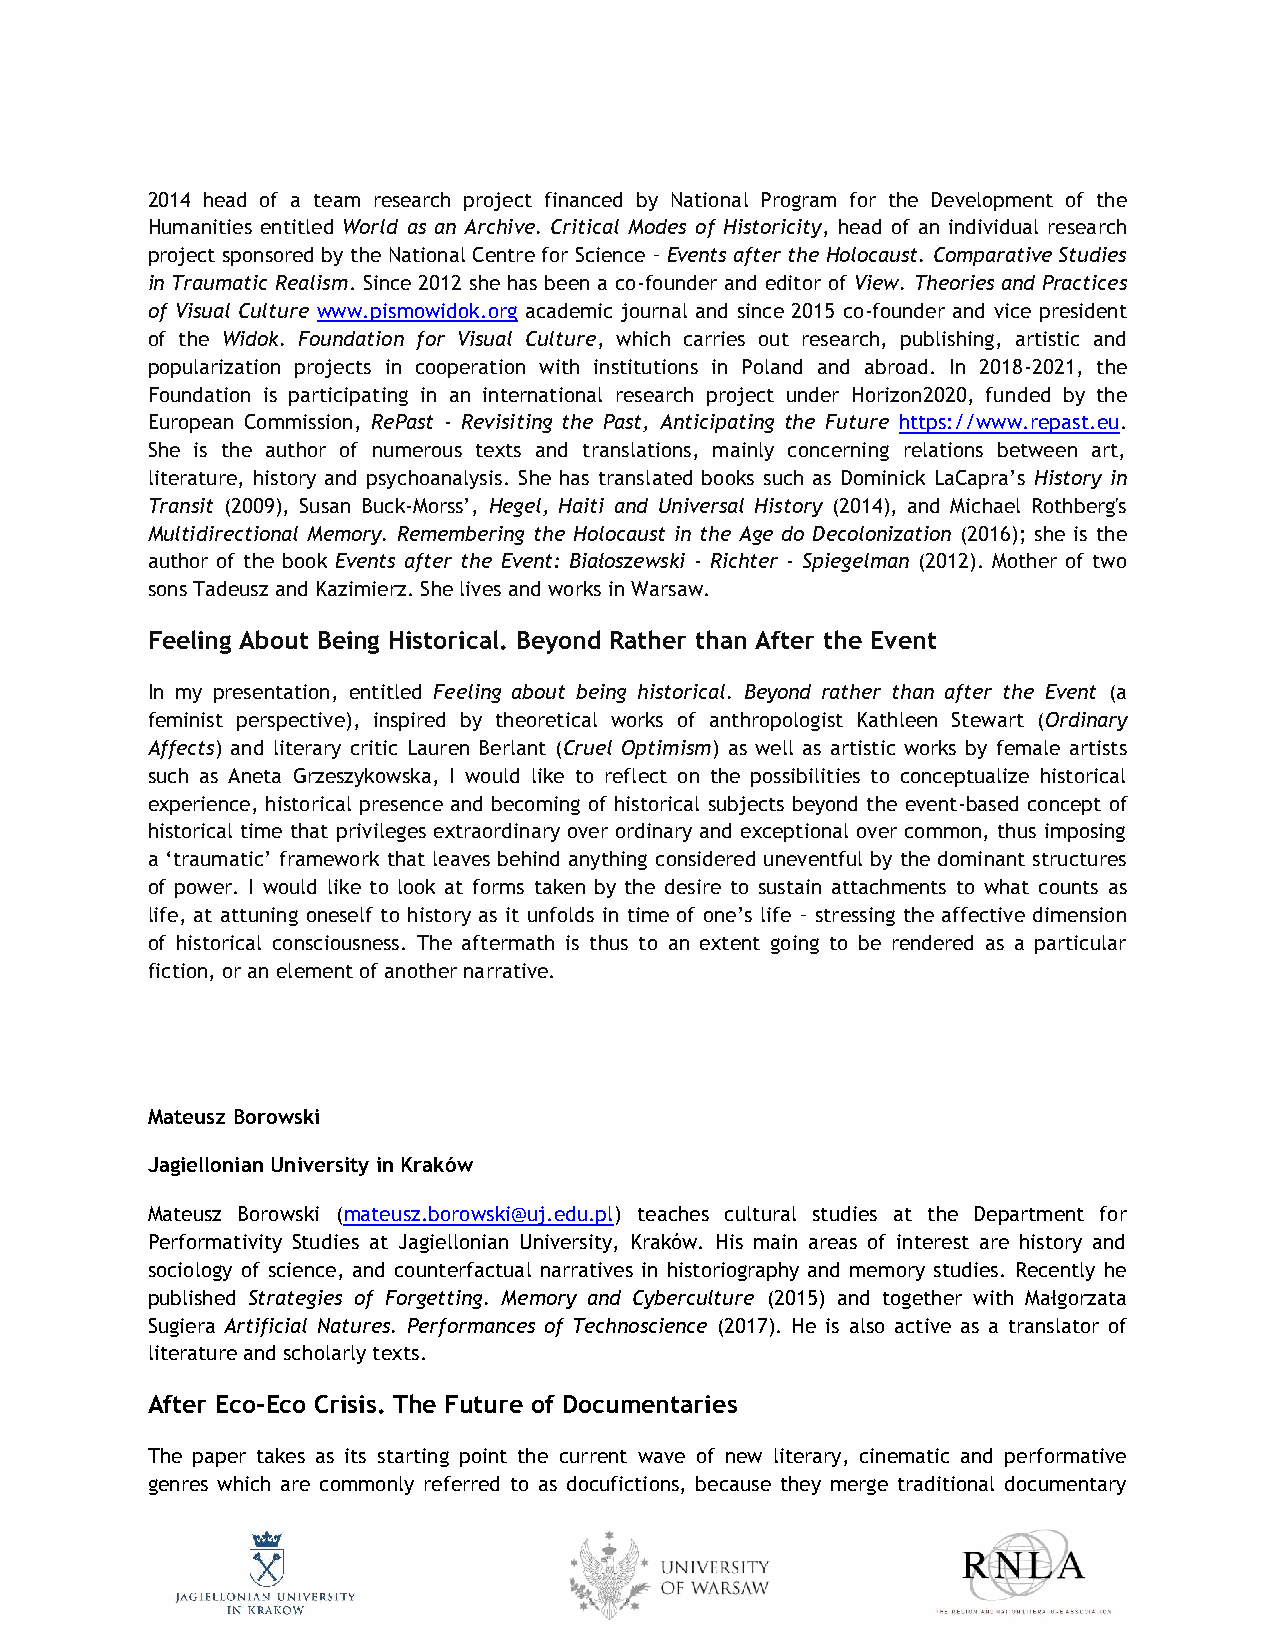
2014 head of a team research project financed by National Program for the Development of the
 Humanities entitled World as an Archive. Critical Modes of Historicity, head of an individual research
 project sponsored by the National Centre for Science – Events after the Holocaust. Comparative Studies
 in Traumatic Realism. Since 2012 she has been a co-founder and editor of View. Theories and Practices
 of Visual Culture www.pismowidok.org academic journal and since 2015 co-founder and vice president
 of the Widok. Foundation for Visual Culture, which carries out research, publishing, artistic and
 popularization projects in cooperation with institutions in Poland and abroad. In 2018-2021, the
 Foundation is participating in an international research project under Horizon2020, funded by the
 European Commission, RePast - Revisiting the Past, Anticipating the Future https://www.repast.eu.
 She is the author of numerous texts and translations, mainly concerning relations between art,
 literature, history and psychoanalysis. She has translated books such as Dominick LaCapra’s History in
 Transit (2009), Susan Buck-Morss’, Hegel, Haiti and Universal History (2014), and Michael Rothberg's
 Multidirectional Memory. Remembering the Holocaust in the Age do Decolonization (2016); she is the
 author of the book Events after the Event: Białoszewski - Richter - Spiegelman (2012). Mother of two
 sons Tadeusz and Kazimierz. She lives and works in Warsaw.
 Feeling About Being Historical. Beyond Rather than After the Event
 In my presentation, entitled Feeling about being historical. Beyond rather than after the Event (a
 feminist perspective), inspired by theoretical works of anthropologist Kathleen Stewart (Ordinary
 Affects) and literary critic Lauren Berlant (Cruel Optimism) as well as artistic works by female artists
 such as Aneta Grzeszykowska, I would like to reflect on the possibilities to conceptualize historical
 experience, historical presence and becoming of historical subjects beyond the event-based concept of
 historical time that privileges extraordinary over ordinary and exceptional over common, thus imposing
 a ‘traumatic’ framework that leaves behind anything considered uneventful by the dominant structures
 of power. I would like to look at forms taken by the desire to sustain attachments to what counts as
 life, at attuning oneself to history as it unfolds in time of one’s life – stressing the affective dimension
 of historical consciousness. The aftermath is thus to an extent going to be rendered as a particular
 fiction, or an element of another narrative.
 Mateusz Borowski
 Jagiellonian University in Kraków
 Mateusz Borowski (mateusz.borowski@uj.edu.pl) teaches cultural studies at the Department for
 Performativity Studies at Jagiellonian University, Kraków. His main areas of interest are history and
 sociology of science, and counterfactual narratives in historiography and memory studies. Recently he
 published Strategies of Forgetting. Memory and Cyberculture (2015) and together with Małgorzata
 Sugiera Artificial Natures. Performances of Technoscience (2017). He is also active as a translator of
 literature and scholarly texts.
 After Eco-Eco Crisis. The Future of Documentaries
 The paper takes as its starting point the current wave of new literary, cinematic and performative
 genres which are commonly referred to as docufictions, because they merge traditional documentary